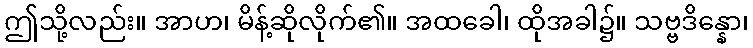
ဤသို့လည်း။ အာဟ၊ မိန့်ဆိုလိုက်၏။ အထခေါ၊ ထိုအခါ၌။ သဗ္ဗဒိန္နော၊